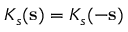
K _ { s } ( \mathbf { s } ) = K _ { s } ( - \mathbf { s } )